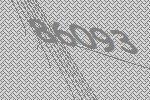
86093